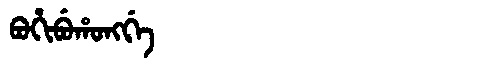
Manchu: ᠪᠣᡥᡳᠪᡠᡥᠣᠩᡤᡝ
Romanization: BOHIBUHONGGE